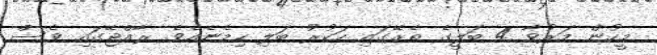
މީހުން މަރުވާ 4 ބަލީގެ ތެރޭގައި ހަކުރު ބަލި ހިމެނެއެވެ. ރާއްޖޭގައި ވެސް